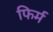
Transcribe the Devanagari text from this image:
फिर्म